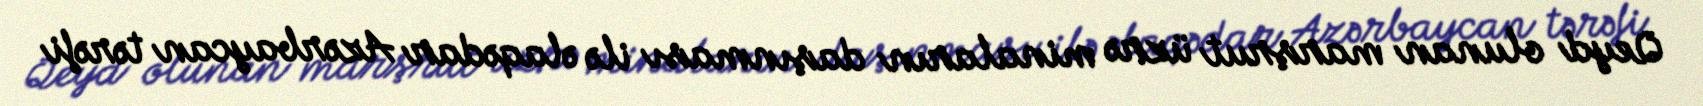
Qeyd olunan marşrut üzrə minaların daşınması ilə əlaqədar Azərbaycan tərəfi